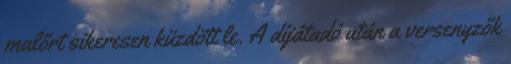
malőrt sikeresen küzdött le. A díjátadó után a versenyzők